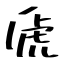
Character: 虒